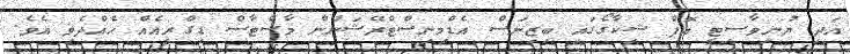
އަދި ޔުނިވާސިޓީ އޮފް ޝިކާގޯގައި ބިޒިނަސް އެޑްމިނިސްޓްރޭޝަނުން މާސްޓާސް ޑިގްރީއެއް ހެއްދެވި އެވެ.